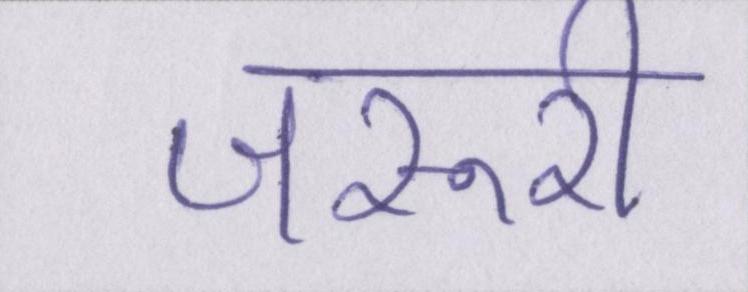
जरूरी